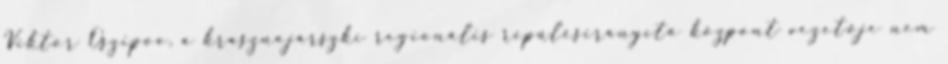
Viktor Oszipov, a krasznojárszki regionális repülésirányító központ vezetője nem